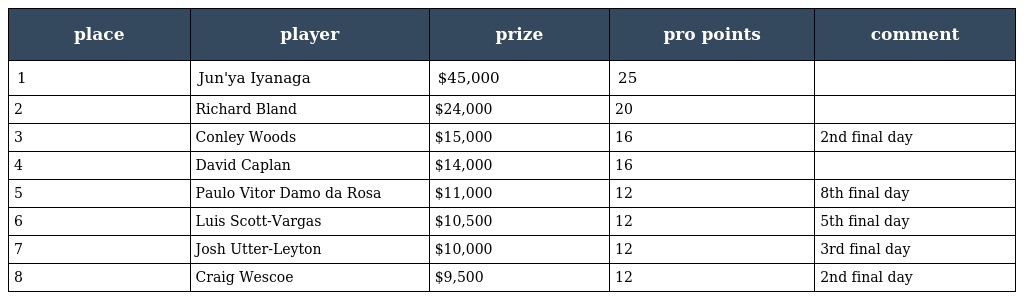
| place | player | prize | pro points | comment |
 | --- | --- | --- | --- | --- |
 | 1 | Jun'ya Iyanaga | $45,000 | 25 |  |
 | 2 | Richard Bland | $24,000 | 20 |  |
 | 3 | Conley Woods | $15,000 | 16 | 2nd final day |
 | 4 | David Caplan | $14,000 | 16 |  |
 | 5 | Paulo Vitor Damo da Rosa | $11,000 | 12 | 8th final day |
 | 6 | Luis Scott-Vargas | $10,500 | 12 | 5th final day |
 | 7 | Josh Utter-Leyton | $10,000 | 12 | 3rd final day |
 | 8 | Craig Wescoe | $9,500 | 12 | 2nd final day |